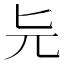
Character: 𠤐